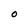
Character: O